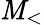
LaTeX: \mathit{M}_{<}